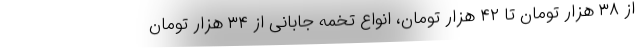
از ۳۸ هزار تومان تا ۴۲ هزار تومان، انواع تخمه جابانی از ۳۴ هزار تومان